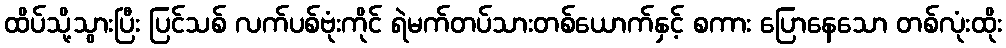
ထိပ်သို့သွားပြီး ပြင်သစ် လက်ပစ်ဗုံးကိုင် ရဲမက်တပ်သားတစ်ယောက်နှင့် စကား ပြောနေသော တစ်လုံးထိုး